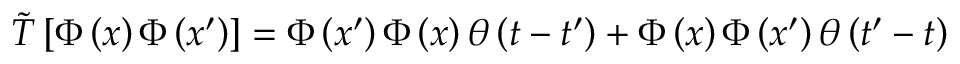
\tilde { T } \left[ \Phi \left( x \right) \Phi \left( x ^ { \prime } \right) \right] = \Phi \left( x ^ { \prime } \right) \Phi \left( x \right) \theta \left( t - t ^ { \prime } \right) + \Phi \left( x \right) \Phi \left( x ^ { \prime } \right) \theta \left( t ^ { \prime } - t \right)